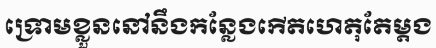
ទ្រោមខ្លួននៅនឹងកន្លែងកើតហេតុតែម្តង